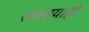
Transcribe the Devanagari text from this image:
समस्याहो